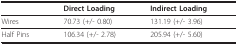
|  | Direct Loading | Indirect Loading |
 | --- | --- | --- |
 | Wires | 70.73 (+/- 0.80) | 131.19 (+/- 3.96) |
 | Half Pins | 106.34 (+/- 2.78) | 205.94 (+/- 5.60) |